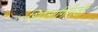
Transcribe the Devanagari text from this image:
शिपलागिरीजी